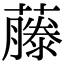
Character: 藤